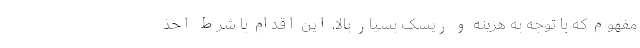
مفهوم که با توجه به هزینه و ریسک بسیار بالا، این اقدام با شرط اخذ